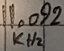
Text: 11.092KHz